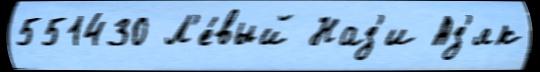
551430 Л'е́вый Наз'и Аз'як